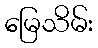
မြေသိမ်း